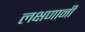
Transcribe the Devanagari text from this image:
लक्षणानी